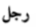
رجل